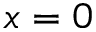
x = 0